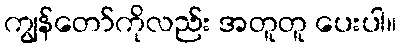
ကျွန်တော်ကိုလည်း အတူတူ ပေးပါ။